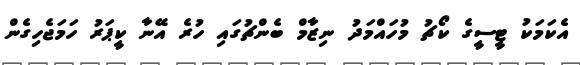
އެކަމަކު ޓީސީގެ ކޯޗު މުހައްމަދު ނިޒާމް ބެންޗުގައި ހުރެ އޭނާ ކީޕަރު ހަމަޖެހިގެން